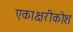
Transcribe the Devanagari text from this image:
एकाक्षरीकोश